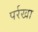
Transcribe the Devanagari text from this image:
पर्रखा